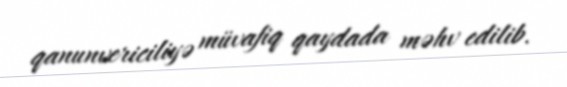
qanunvericiliyə müvafiq qaydada məhv edilib.